Report of the Indian Hemp Drugs Commission, 1894-1895 - Volume III
Year: 1894
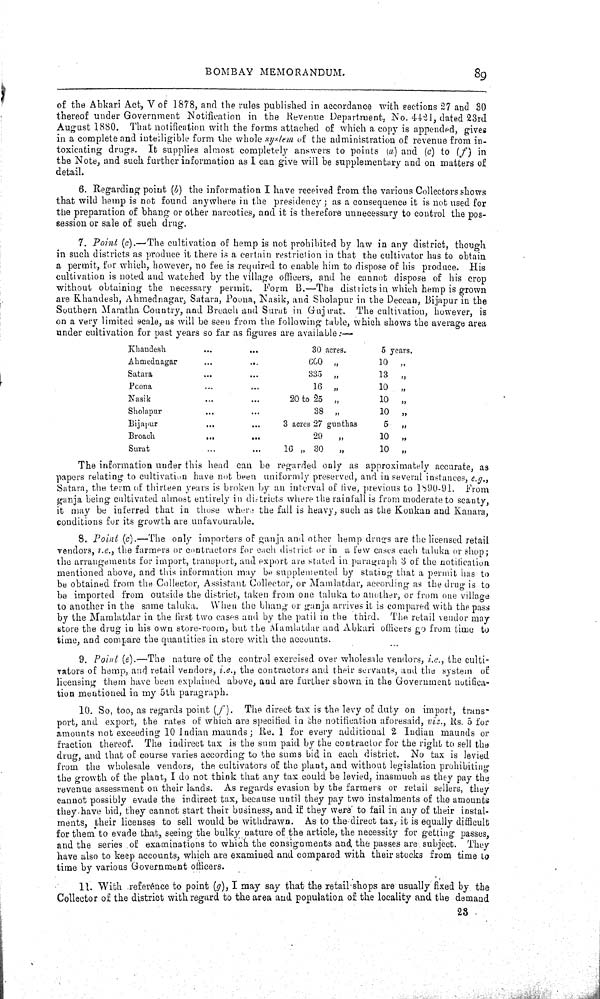
BOMBAY MEMORANDUM.
89
of the Abkari Act, V of 1878, and the rules published in accordance with sections 27 and 30
thereof under Government Notification in the Revenue Department, No. 4421, dated 23rd
August 1880. That notification with the forms attached of which a copy is appended, gives
in a complete and intelligible form the whole system of the administration of revenue from in-
toxicating drugs. It supplies almost completely answers to points (a) and (c) to (f) in
the Note, and such further information as I can give will be supplementary and on matters of
detail.
6. Regarding point (b) the information I have received from the various Collectors shows
that wild hemp is not found anywhere in the presidency; as a consequence it is not used for
the preparation of bhang or other narcotics, and it is therefore unnecessary to control the pos-
session or sale of such drug.
7. Point (c).—The cultivation of hemp is not prohibited by law in any district, though
in such districts as produce it there is a certain restriction in that the cultivator has to obtain
a permit, for which, however, no fee is required to enable him to dispose of his produce. His
cultivation is noted and watched by the village officers, and he cannot dispose of his crop
without obtaining the necessary permit. Form B.—The districts in which hemp is grown
are Khandesh, Ahmednagar, Satara, Poona, Nasik, and Sholapur in the Deccan, Bijapur in the
Southern Maratha Country, and Broach and Surat in Gujarat. The cultivation, however, is
on a very limited scale, as will be seen from the following table, which shows the average area
under cultivation for past years so far as figures are available:—
Khandesh
30 acres.
5 years.
Ahmednagar
660 "
10 "
Satara
335 "
13 "
Poona
16 "
10 "
Nasik
20 to 25 "
10 "
Shol apur
38 "
10 "
Bijapur
3 acres 27 gunthas
5 "
Broach
29 "
10 "
Surat
16 " 30 "
10 "
The information under this head can be regarded only as approximately accurate, as
papers relating to cultivation have not been uniformly preserved, and in several instances, e.g.,
Satara, the term of thirteen years is broken by an interval of five, previous to 1890-91. From
ganja being cultivated almost entirely in districts where the rainfall is from moderate to scanty,
it may be inferred that in those where the fall is heavy, such as the Konkan and Kanara,
conditions for its growth are unfavourable.
8. Point (c).—The only importers of ganja and other hemp drugs are the licensed retail
vendors, i.e., the farmers or contractors for each district or in a few cases each taluka or shop;
the arrangements for import, transport, and export are stated in paragraph 3 of the notification
mentioned above, and this information may be supplemented by stating that a permit has to
be obtained from the Collector, Assistant Collector, or Mamlatdar, according as the drug is to
be imported from outside the district, taken from one taluka to another, or from one village
to another in the same taluka. When the bhang or ganja arrives it is compared with the pass
by the Mamlatdar in the first two cases and by the patil in the third. The retail vendor may
store the drug in his own store-room, but the Mamlatdar and Abkari officers go from time to
time, and compare the quantities in store with the accounts.
9. Point (e).—The nature of the control exercised over wholesale vendors, i.e., the culti-
vators of hemp, and retail vendors, i.e., the contractors and their servants, and the system of
licensing them have been explained above, and are further shown in the Government notifica-
tion mentioned in my 5th paragraph.
10. So, too, as regards point (f). The direct tax is the levy of duty on import, trans-
port, and export, the rates of which are specified in the notification aforesaid, viz., Rs. 5 for
amounts not exceeding 10 Indian maunds; Re. 1 for every additional 2 Indian maunds or
fraction thereof. The indirect tax is the sum paid by the contractor for the right to sell the
drug, and that of course varies according to the sums bid in each district. No tax is levied
from the wholesale vendors, the cultivators of the plant, and without legislation prohibiting
the growth of the plant, I do not think that any tax could be levied, inasmuch as they pay the
revenue assessment on their lands. As regards evasion by the farmers or retail sellers, they
cannot possibly evade the indirect tax, because until they pay two instalments of the amounts
they have bid, they cannot start their business, and if they were to fail in any of their instal-
ments, their licenses to sell would be withdrawn. As to the direct tax, it is equally difficult
for them to evade that, seeing the bulky nature of the article, the necessity for getting passes,
and the series of examinations to which the consignments and the passes are subject. They
have also to keep accounts, which are examined and compared with their stocks from time to
time by various Government officers.
11. With reference to point (g), I may say that the retail shops are usually fixed by the
Collector of the district with regard to the area and population of the locality and the demand
23